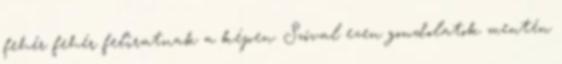
fehér fehér feliratnak a képen. Szóval ezen gondolatok mentén